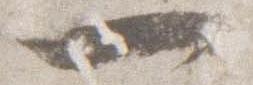
一